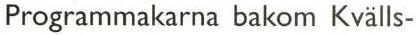
Programmakarna bakom Kvälls-